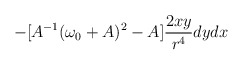
\begin{align*}-[A^{-1}(\omega_{0}+A)^{2}-A]\frac{2xy}{r^{4}}dydx\end{align*}